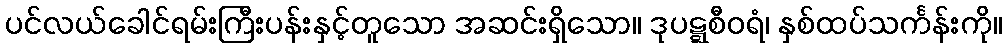
ပင်လယ်ခေါင်ရမ်းကြီးပန်းနှင့်တူသော အဆင်းရှိသော။ ဒုပဋ္ဋစီဝရံ၊ နှစ်ထပ်သင်္ကန်းကို။